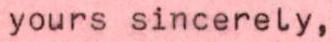
yours sincerely,